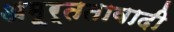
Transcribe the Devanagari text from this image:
अमूर्ततावादी